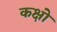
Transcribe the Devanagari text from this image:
कक्षो